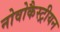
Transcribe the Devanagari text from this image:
नोवोकैस्ट्रीयन